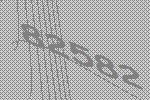
82582